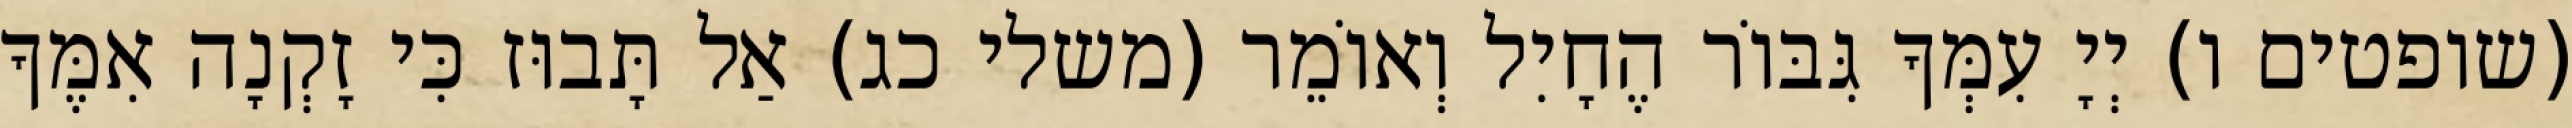
(שופטים ו) יְיָ עִמְּךָ גִּבּוֹר הֶחָיִל וְאוֹמֵר (משלי כג) אַל תָּבוּז כִּי זָקְנָה אִמֶּךָ